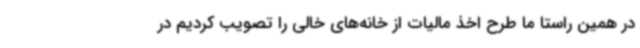
در همین راستا ما طرح اخذ مالیات از خانه‌های خالی را تصویب کردیم در